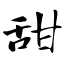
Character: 甜